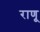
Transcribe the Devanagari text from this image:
राणू